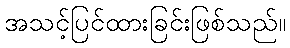
အသင့်ပြင်ထားခြင်းဖြစ်သည်။